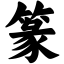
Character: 篆